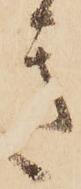
き